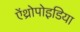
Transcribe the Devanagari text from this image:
ऐंथ्रोपोइडिया